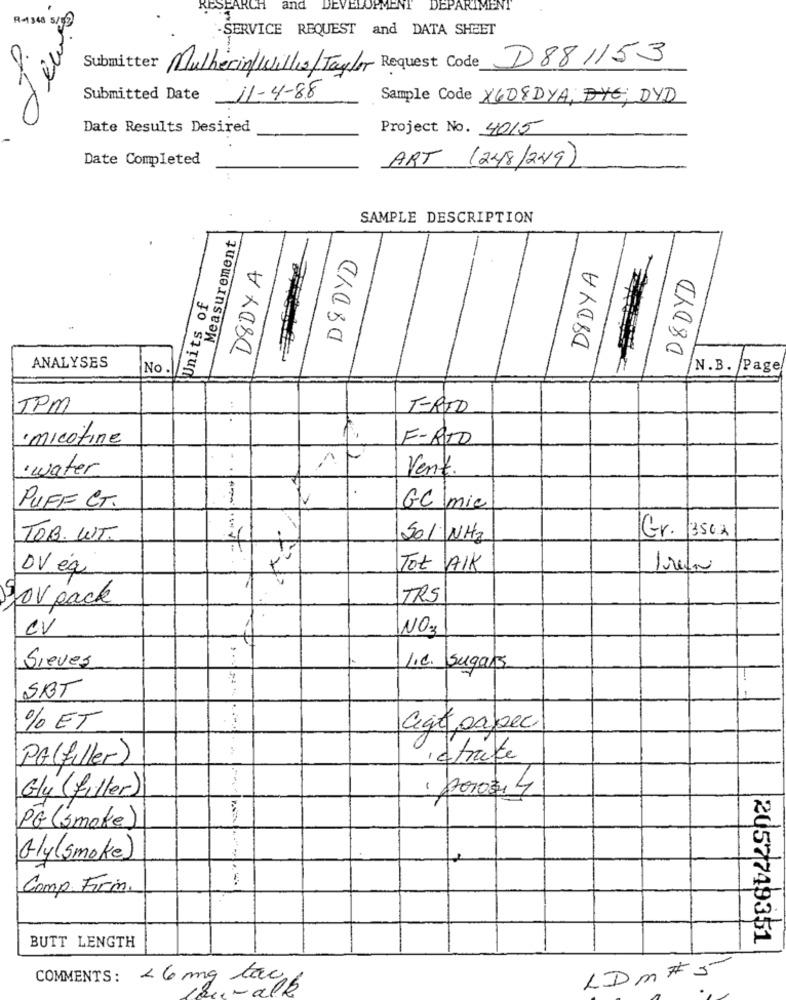
RESEAR
and
DEVELOPMENT
DEPARTMENT
R-1348 5/99
-SERVICE REQUEST and DATA SHEET
Submitter Mulherin/Willis/Taylor Request Code D881153
Submitted Date 11-4-88
Sample Code X608DYA, BYE, DYD
Date Results Desired
Project No. 4015
Date Completed
ART (248/249)
SAMPLE DESCRIPTION
Measurement
D& DYD
D8DY A
DIDYA
D8DYD
Units of
ANALYSES
No
N.B. Page
TPM
FRID
· micotine
F-RIO
· water
Vent.
PUFF CT.
GC\mic
TOB. WT.
Sol NH3
Gr. 3502
DV éq
Tot AIK
gov pack
TRS
CV
NO.3
:
Sieves
I.c. Sugars
SBT
% ET
ago paper
PG(filler)
retraite
Gly (filler)
PG (smoke)
Gly(smoke)
Comp Firm.
2057749351
BUTT LENGTH
LDM#5
COMMENTS : < 6 mg tacos
-al
...